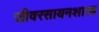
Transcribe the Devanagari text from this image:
जीवरसायनशास्त्र